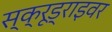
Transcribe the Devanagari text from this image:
स्क्रूड्राइवर